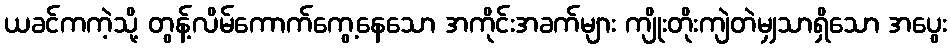
ယခင်ကကဲ့သို့ တွန့်လိမ်ကောက်ကွေ့နေသော အကိုင်းအခက်များ ကျိုးတိုးကျဲတဲမျှသာရှိသော အပွေး